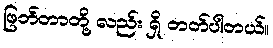
ဖြတ်တာတို့ လည်း ရှိ တတ်ပါတယ်။